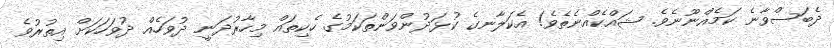
ދެބަސްވާނެ ކަމެއްނޫނެވެ. ޝައްކެއްނެތެވެ! އެކަލާނގެ ކުޅަދުންވަންތަކަމުގެ ހެކިތައް މިހާރުދަނީ ދުވަހެއް ދުވަހަކަށް އިތުރުވެ